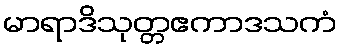
မာရာဒိသုတ္တဧကာဒသကံ